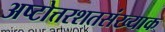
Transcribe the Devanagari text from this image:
अष्टोत्तरशतसंख्याक